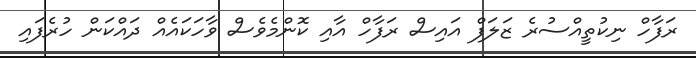
ރަފާހް ނިކުތީއްސުރެ ޒަލަފް އައިސް ރަފާހް އާއި ކޮންމެވެސް ވާހަކައެއް ދައްކަން ހުރެފައި